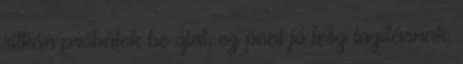
ritkán próbálok be újat, ez pont jó lesz lazításnak.